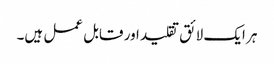
ہر ایک لائق تقلید اور قابل عمل ہیں۔